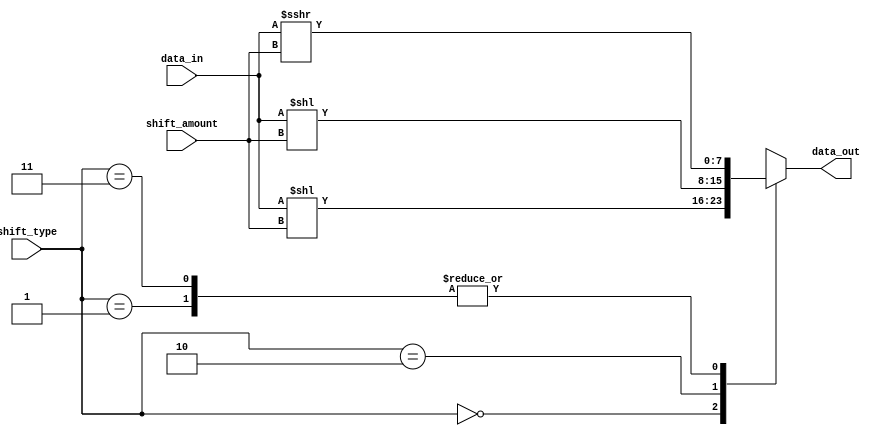
module Sparse_Barrel_Shifter (
    input [7:0] data_in,
    input [2:0] shift_amount,
    input [1:0] shift_type,
    output reg [7:0] data_out
);

always @ (*) begin
    case(shift_type)
        2'b00: data_out = data_in << shift_amount; //logical left shift
        2'b01: data_out = $signed(data_in) >>> shift_amount; //logical right shift
        2'b10: data_out = $signed(data_in) << shift_amount; //arithmetic left shift with sign extension
        2'b11: data_out = $signed(data_in) >>> shift_amount; //arithmetic right shift with sign extension
    endcase
end

endmodule